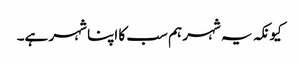
کیونکہ یہ شہر ہم سب کا اپنا شہر ہے۔